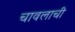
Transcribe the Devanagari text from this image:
चावलाची